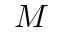
M